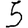
Digit: 5